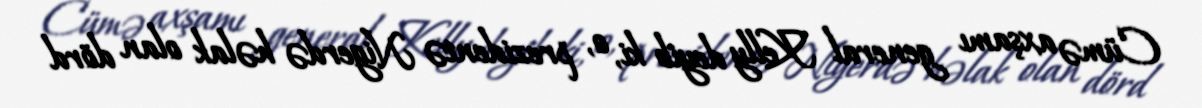
Cümə axşamı general Kelly deyib ki, o, prezidentə Nigerdə həlak olan dörd